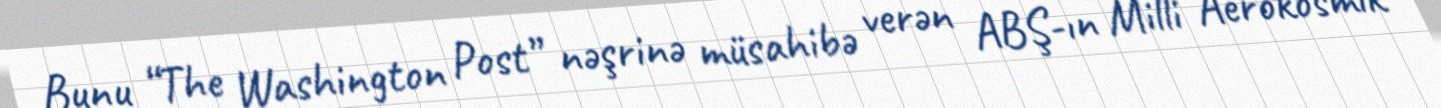
Bunu “The Washington Post” nəşrinə müsahibə verən ABŞ-ın Milli Aerokosmik